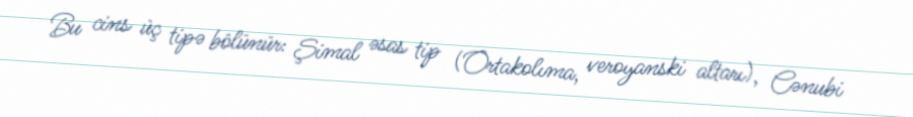
Bu cins üç tipə bölünür: Şimal əsas tip (Ortakolıma, veroyanski altarı), Cənubi